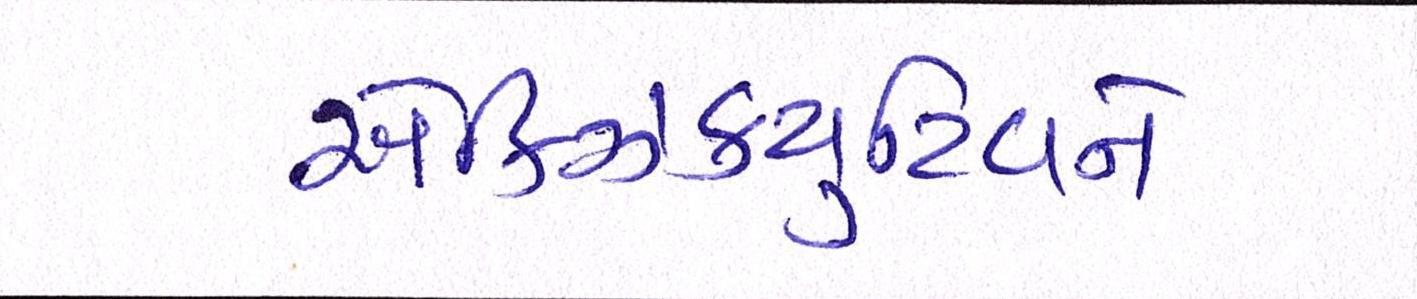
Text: એક્ઝિક્યુટિવને